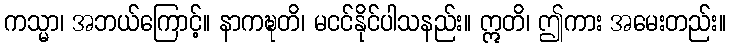
ကသ္မာ၊ အဘယ်ကြောင့်။ နာကဍ္ဎတိ၊ မငင်နိုင်ပါသနည်း။ ဣတိ၊ ဤကား အမေးတည်း။